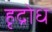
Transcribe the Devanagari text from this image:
हृद्रोध